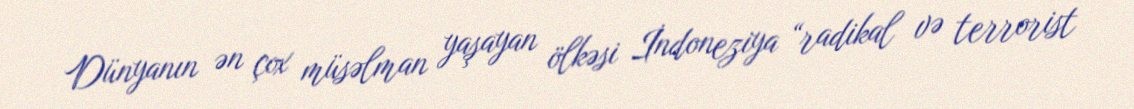
Dünyanın ən çox müsəlman yaşayan ölkəsi İndoneziya “radikal və terrorist